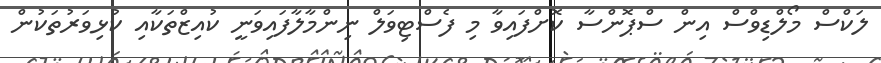
ލަކްސް މޯލްޑިވްސް އިން ސްޕޮންސާ ކޮށްފައިވާ މި ފެސްޓިވަލް ނިންމާލާފައިވަނީ ކުއިޒްތަކާއި ކުޅިވަރުތަކުން